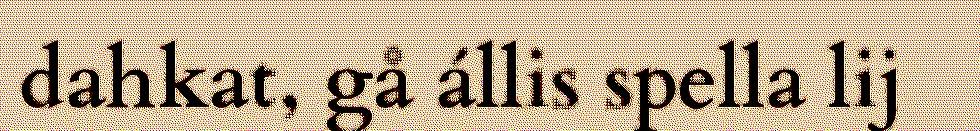
dahkat, gå állis spella lij